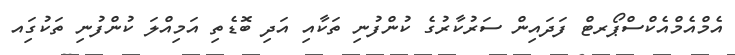
އެމްއެމްއެކްސްޕޯރޓް ފަދައިން ސަރުކާރުގެ ކުންފުނި ތަކާއި އަދި ބޮޑެތި އަމިއްލަ ކުންފުނި ތަކުގަިއ